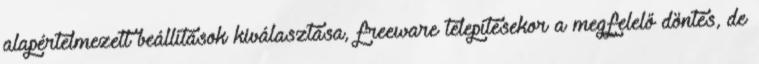
alapértelmezett beállítások kiválasztása, freeware telepítésekor a megfelelő döntés, de